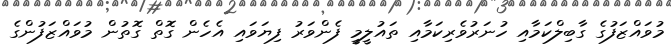
މުވައްޒަފުގެ ގާބިލްކަމާއި ހުނަރުވެރިކަމާއި ތައުލީމީ ފެންވަރު ފިޔަވައި އެހެން ގޮތް ގޮތުން މުވައްޒަފުންގެ